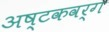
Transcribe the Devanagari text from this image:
अष्टकवर्ग